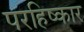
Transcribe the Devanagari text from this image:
परहिष्कार